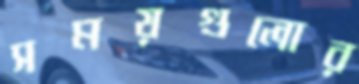
সময়গুলোর